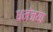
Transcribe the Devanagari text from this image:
धनंजया